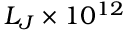
L _ { J } \times 1 0 ^ { 1 2 }